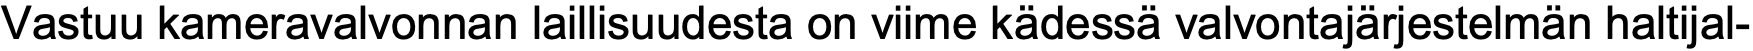
Vastuu kameravalvonnan laillisuudesta on viime kädessä valvontajärjestelmän haltijal-